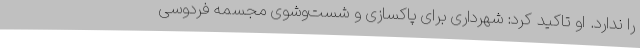
را ندارد. او تاکید کرد: شهرداری ‌برای پاکسازی و شست‌وشوی مجسمه فردوسی